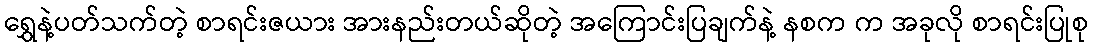
ရွှေနဲ့ပတ်သက်တဲ့ စာရင်းဇယား အားနည်းတယ်ဆိုတဲ့ အကြောင်းပြချက်နဲ့ နစက က အခုလို စာရင်းပြုစု